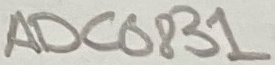
Text: ADC0831